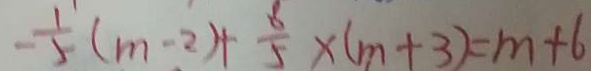
- \frac { 1 } { 5 } ( m - 2 ) + \frac { 8 } { 5 } \times ( m + 3 ) = m + 6